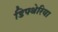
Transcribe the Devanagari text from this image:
डिफ्थेरिया